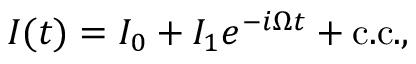
\begin{array} { r } { I ( t ) = I _ { 0 } + I _ { 1 } e ^ { - i \Omega t } + \mathrm { { c . c . } , } } \end{array}